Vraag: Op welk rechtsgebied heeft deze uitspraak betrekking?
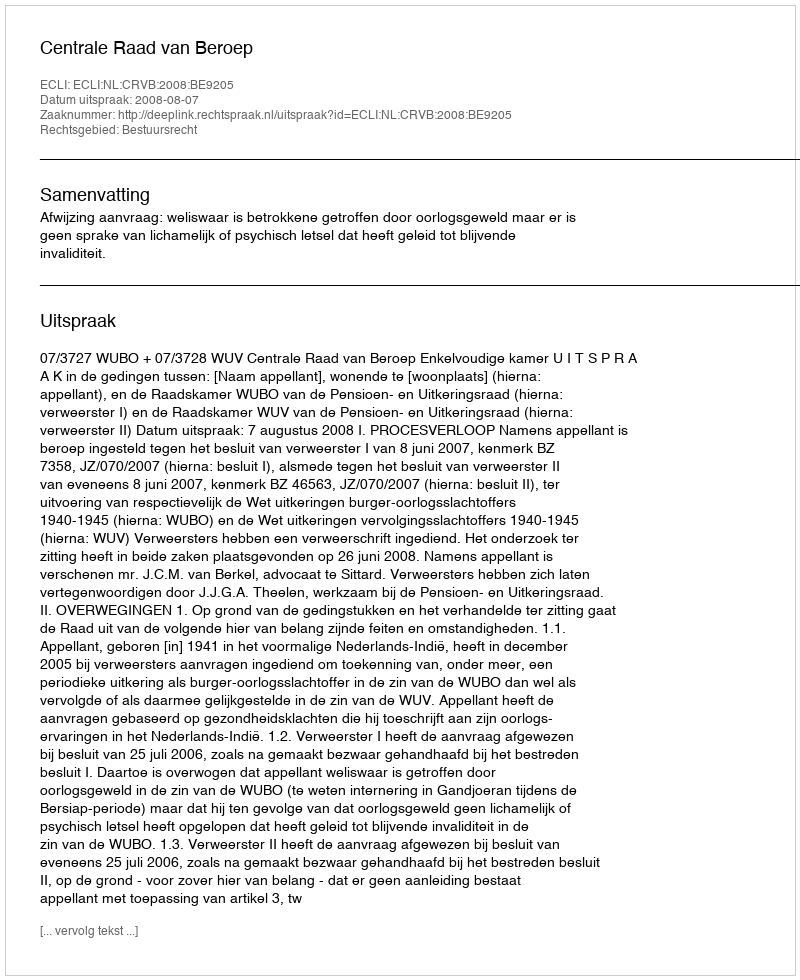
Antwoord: Bestuursrecht